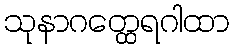
သုနာဂတ္ထေရဂါထာ